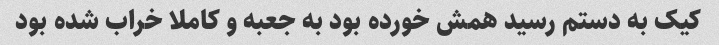
کیک به دستم رسید همش خورده بود به جعبه و کاملا خراب شده بود